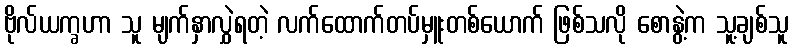
ဗိုလ်ယက္ခဟာ သူ မျက်နှာလွှဲရတဲ့ လက်ထောက်တပ်မှူးတစ်ယောက် ဖြစ်သလို စောနွဲ့က သူ့ချစ်သူ